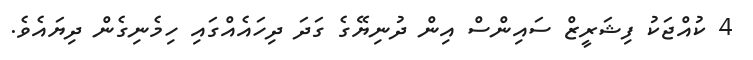
4 ކުއްޖަކު ފިޝަރީޒް ސައިންސް އިން ދުނިޔޭގެ ގަދަ ދިހައެއްގައި ހިމެނިގެން ދިޔައެވެ.